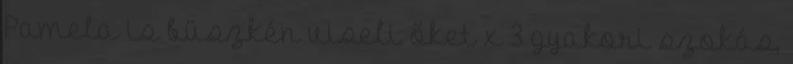
Pamela is büszkén viseli őket x 3 gyakori szokás,